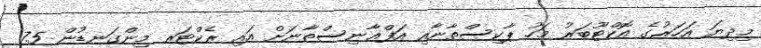
މިދިޔަ އަހަރުގެ އޮކްޓޫބަރު މަހު ޕާކިސްތާނާއި އަފްޣާނިސްތާނަށް އައި ރެކްޓަރ މިންގަނޑުން 7.5